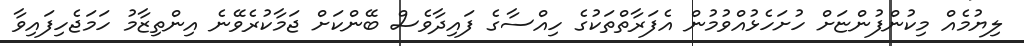
ލިޔުމެއް މިކުންފުންޏަށް ހުށަހެޅުއްވުމުން އެފަރާތްތަކުގެ ހިއްސާގެ ފައިދާވެސް ބޭންކަށް ޖަމާކުރެވޭނެ އިންތިޒާމު ހަމަޖެހިފައިވާ